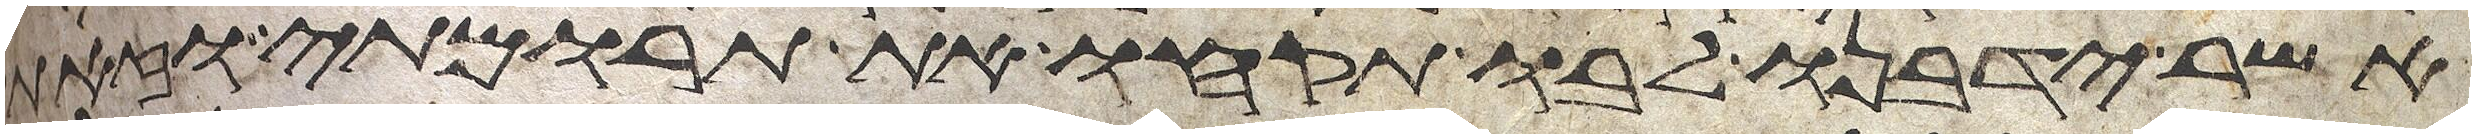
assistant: אשר ידבנו לבו תקחו את תרומתי וזאת